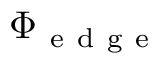
\Phi _ { \mathrm { ~ e ~ d ~ g ~ e ~ } }